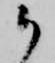
御